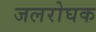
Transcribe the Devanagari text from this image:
जलरोघक